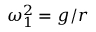
\omega _ { 1 } ^ { 2 } = g / r